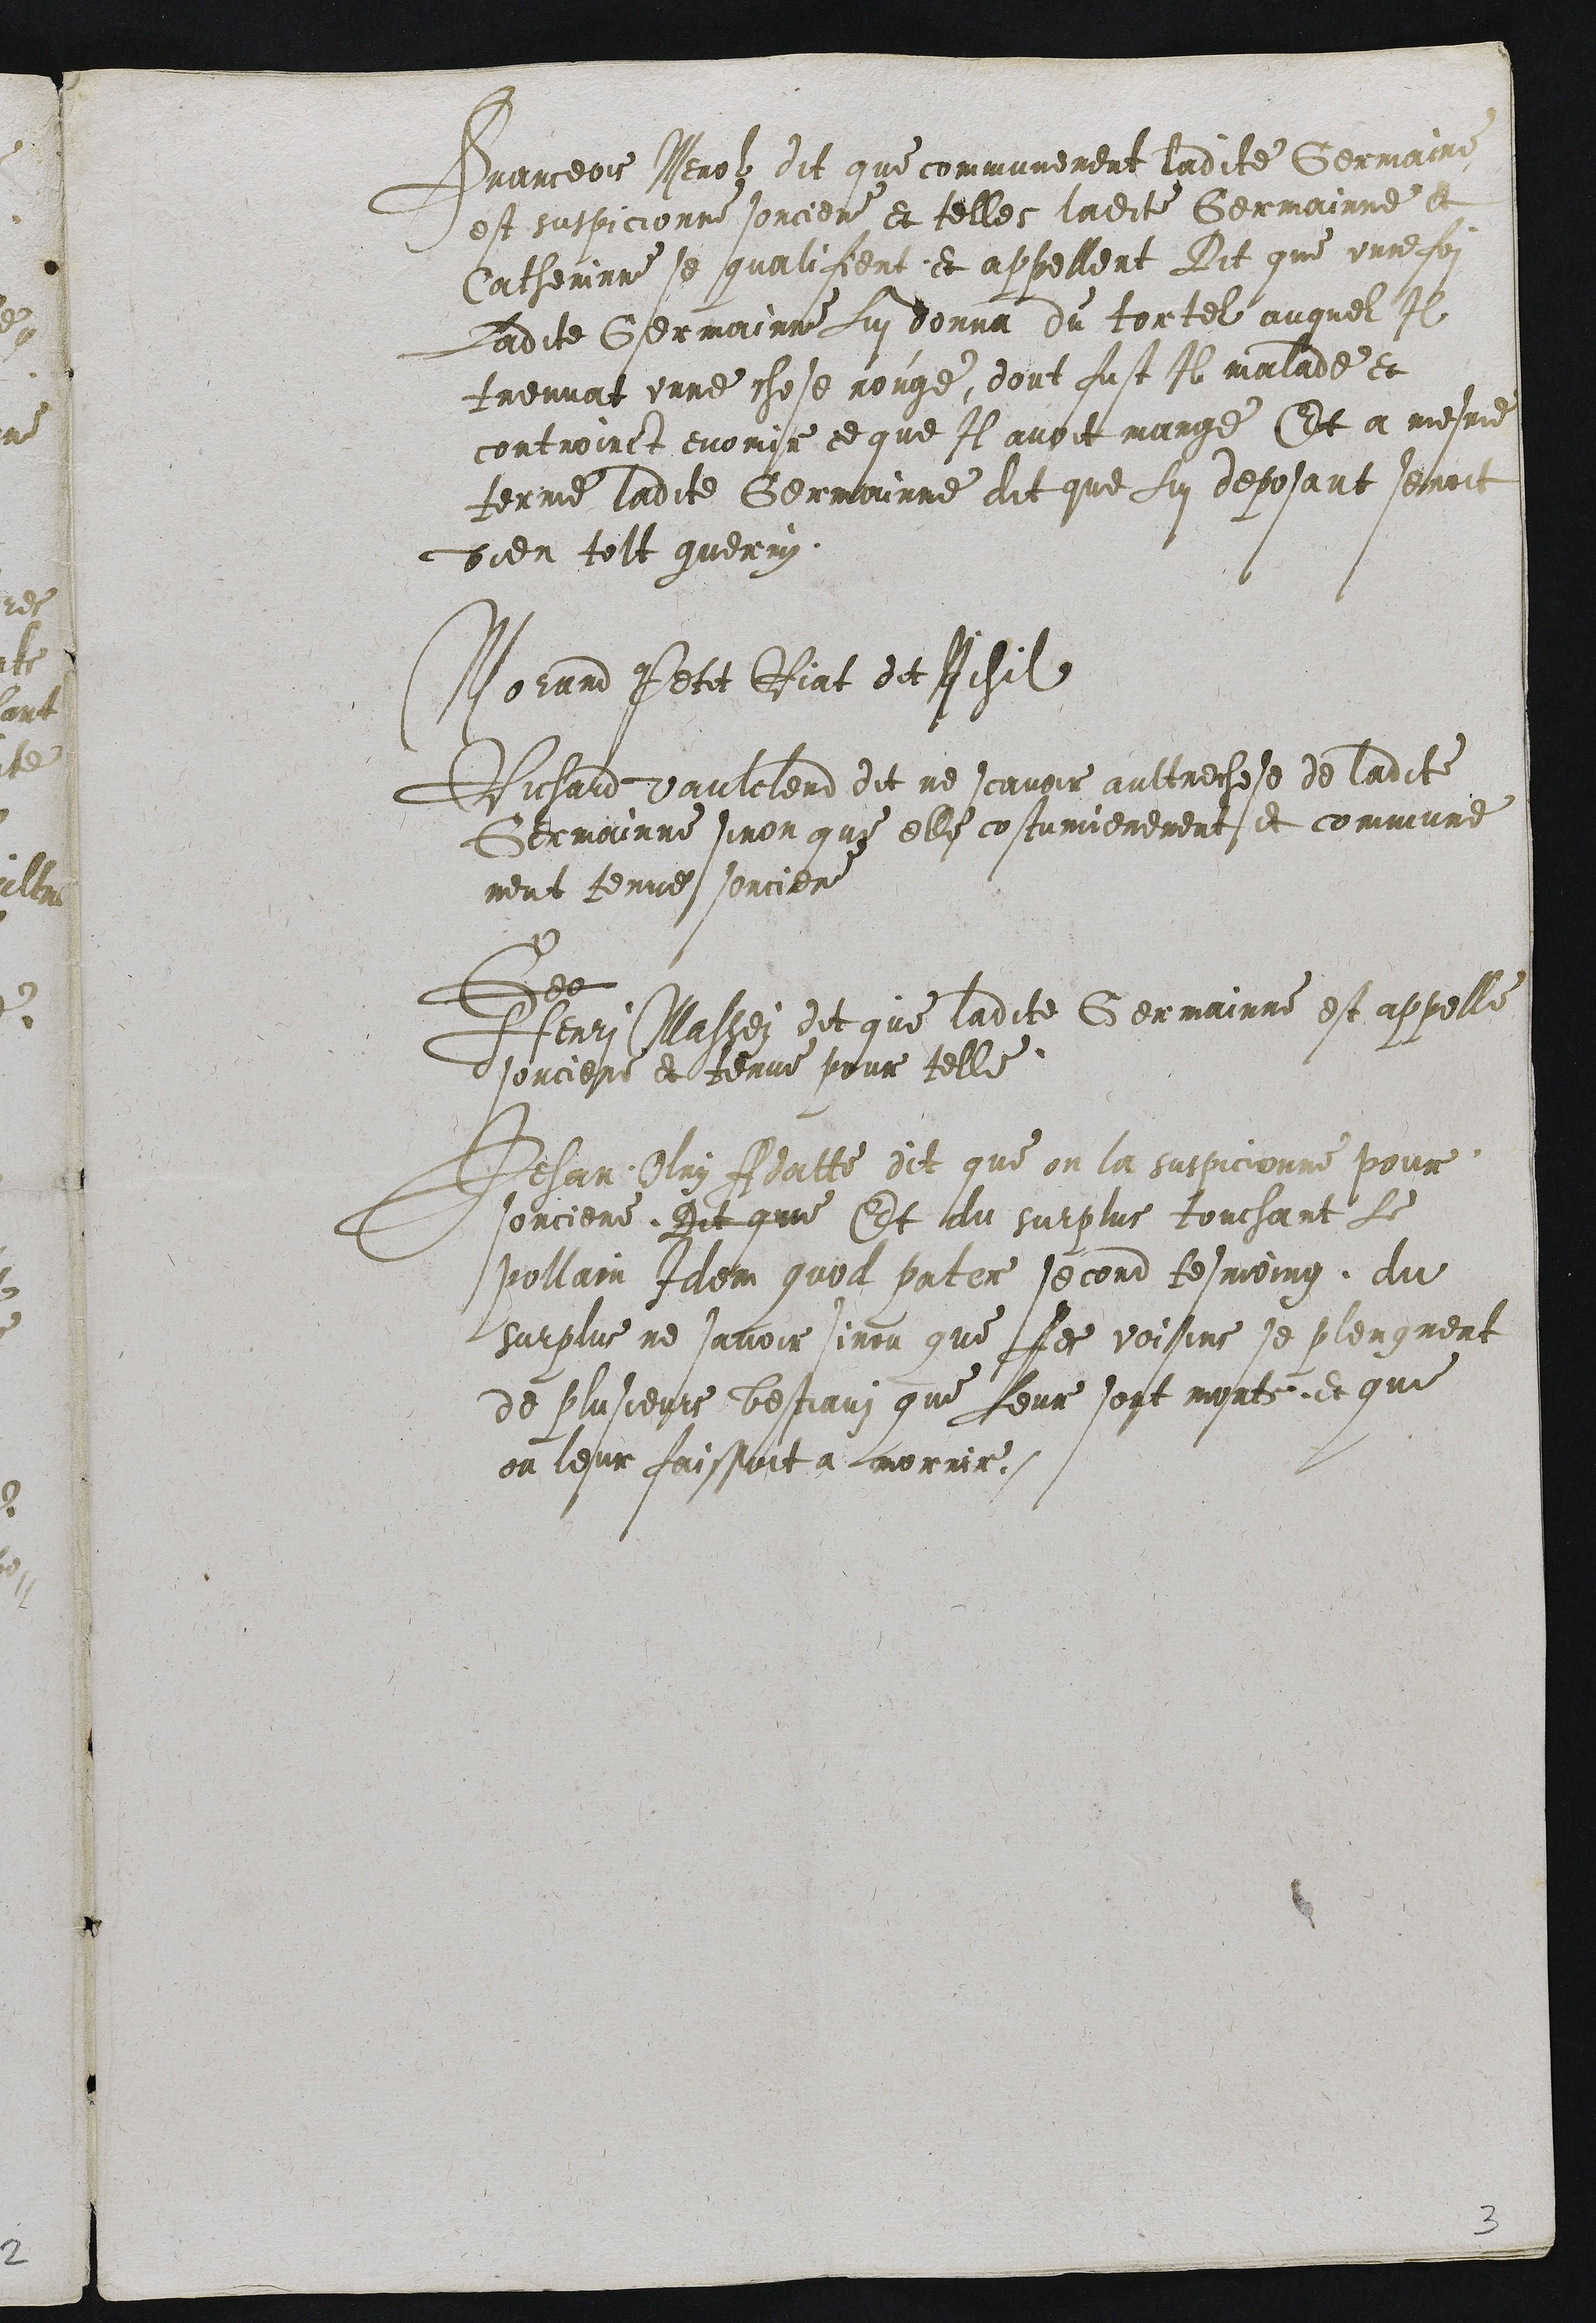
Franceois Nerol dit que communement ladite Gernaii
est suspicionne sorciere et telles ladite Germainne a
Catherinne se qualissent et appellent Dit que unner po
Ladite Germainne Lui donna du tortel auquel Il
treuvat unne chose rouge, dont fust Il malade et
controinct enouir ce que Il avoit mange Et a mesme
terme ladite Germainne dit que Lui deposant senoit
bieu tolt guerry

Morand Petit Riat de Rihil
Richard vaulclend dit ne scavoir aultrechose de ladite
Germainne sinon que elle costumierement et commune
ment tenue sorciere
e
Henri Massei dit que ladite Germainne est appelle
dsorciere et tenue pour telle
Jehan Oloy Asatte dit que on la suspicionne pour
sorciere. Dit que Et du surplus touchant Le
pollain Idem quol pater second tesmoing du
surplus ne savoir sinon que Les voisins se plengnent
de plusieurs bestiaus que Leur sont morte et que
on leur faissont a mornir.

3